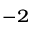
^ { - 2 }